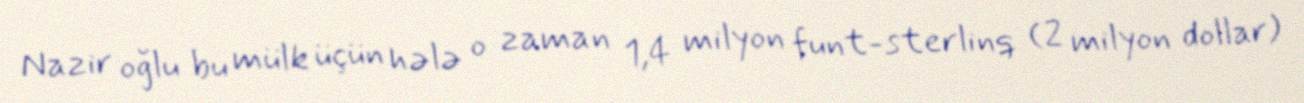
Nazir oğlu bu mülk üçün hələ o zaman 1,4 milyon funt-sterlinq (2 milyon dollar)